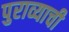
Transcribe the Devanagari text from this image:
पुराव्याची